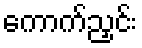
ကောက်ညှင်း